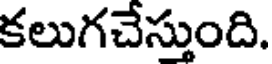
కలుగచేస్తుంది.